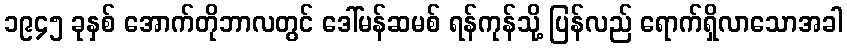
၁၉၄၅ ခုနှစ် အောက်တိုဘာလတွင် ဒေါ်မန်ဆမစ် ရန်ကုန်သို့ ပြန်လည် ရောက်ရှိလာသောအခါ